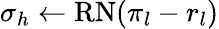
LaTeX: \sigma_{h}\gets\mathrm{RN}(\pi_{l}-r_{l})